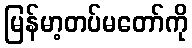
မြန်မာ့တပ်မတော်ကို